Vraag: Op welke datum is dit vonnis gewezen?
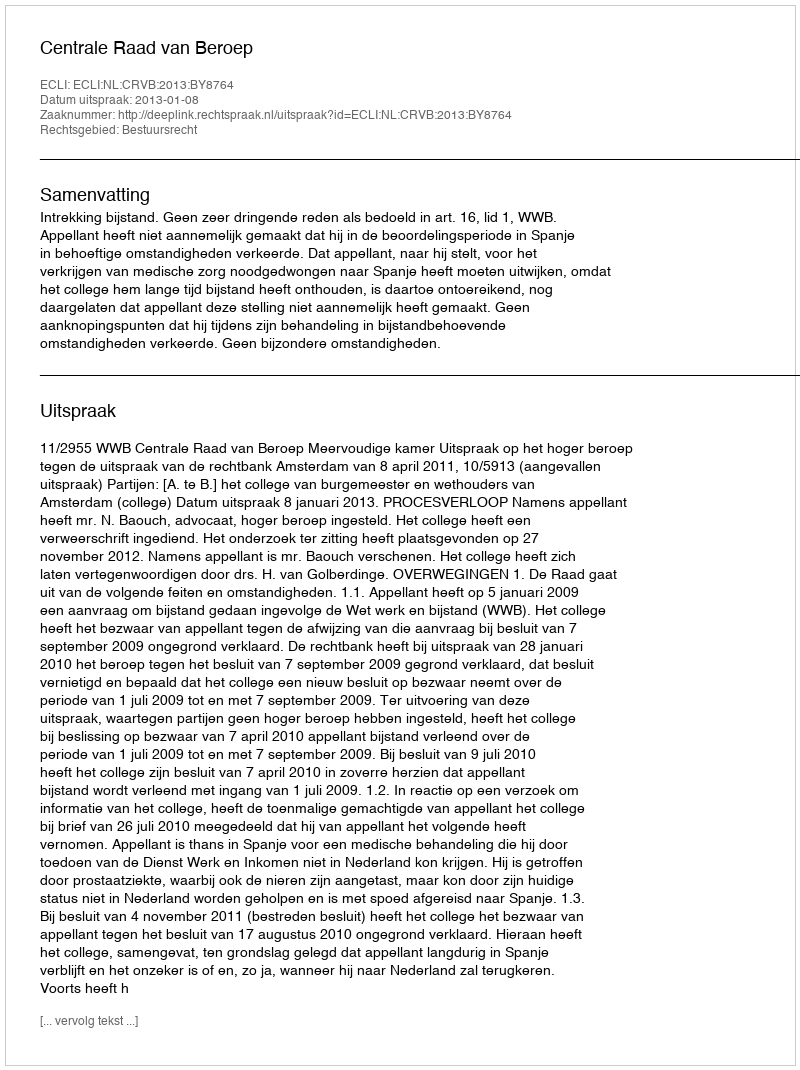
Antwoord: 2013-01-08